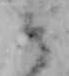
そ